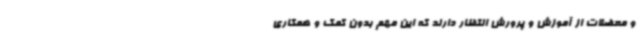
و معضلات از آموزش و پرورش انتظار دارند که این مهم بدون کمک و همکاری